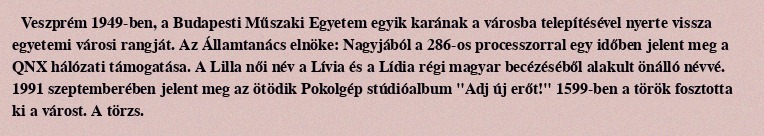
Veszprém 1949-ben, a Budapesti Műszaki Egyetem egyik karának a városba telepítésével nyerte vissza egyetemi városi rangját. Az Államtanács elnöke: Nagyjából a 286-os processzorral egy időben jelent meg a QNX hálózati támogatása. A Lilla női név a Lívia és a Lídia régi magyar becézéséből alakult önálló névvé. 1991 szeptemberében jelent meg az ötödik Pokolgép stúdióalbum "Adj új erőt!" 1599-ben a török fosztotta ki a várost. A törzs.